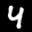
Label: 4